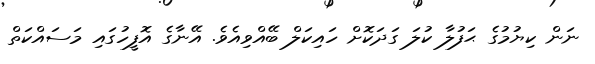
ނަން ކިޔުމުގެ ޙަފުލާ ކުލަ ގަދަކޮށް ހައިކަލް ބޭއްވިއެވެ. އޭނާގެ އޮފީހުގައި މަސައްކަތް